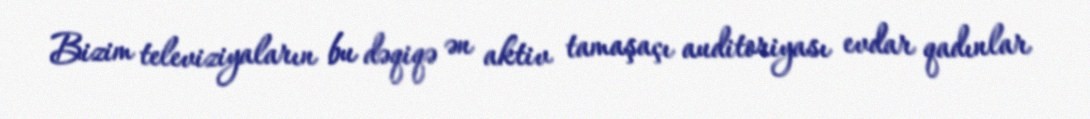
Bizim televiziyaların bu dəqiqə ən aktiv tamaşaçı auditoriyası evdar qadınlar